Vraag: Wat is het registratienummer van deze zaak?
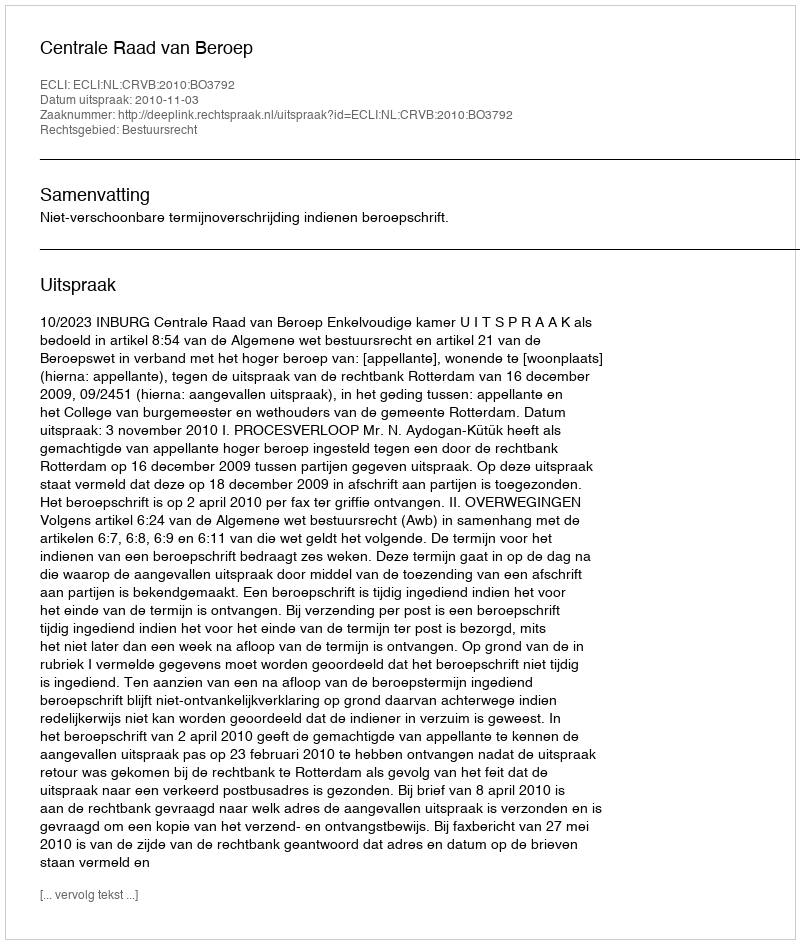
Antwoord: http://deeplink.rechtspraak.nl/uitspraak?id=ECLI:NL:CRVB:2010:BO3792